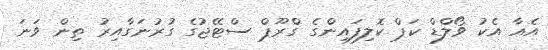
އެއާ އެކު ވޯލްޑް ކަޕް ކޮލިފައިންގެ ގްރޫޕް ސްޓޭޖުގެ ގުރުނަގާއިރު ތިން ވަނަ